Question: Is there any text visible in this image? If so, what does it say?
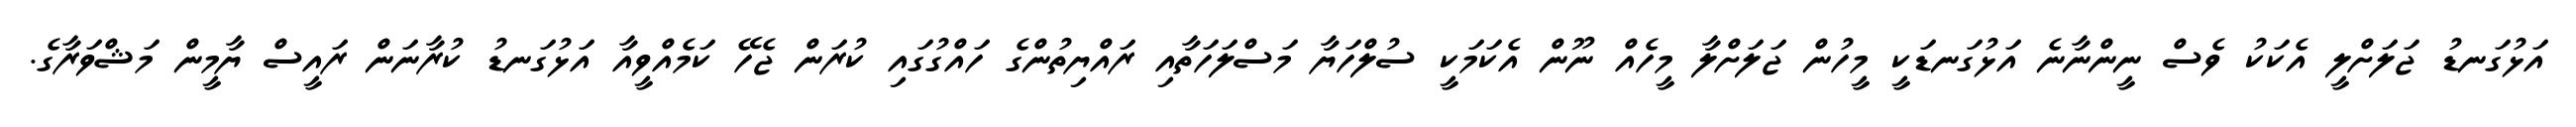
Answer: އަޅުގަނޑު ޖަލަށްލީ އެކަކު ވެސް ނީންނާނެ އަޅުގަނޑަކީ މީހުން ޖަލަށްލާ މީހެއް ނޫން އެކަމަކީ ސުލްހަޔާ މަސްލަހަތާއި ރައްޔިތުންގެ ހައްގުގައި ކުރަން ޖެހޭ ކަމެއްވީއާ އަޅުގަނޑު ކުރާނަން ރައީސް ޔާމީން މަޝްވަރާގެ.